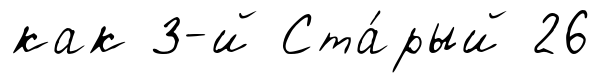
как 3-й Ста́рый 26